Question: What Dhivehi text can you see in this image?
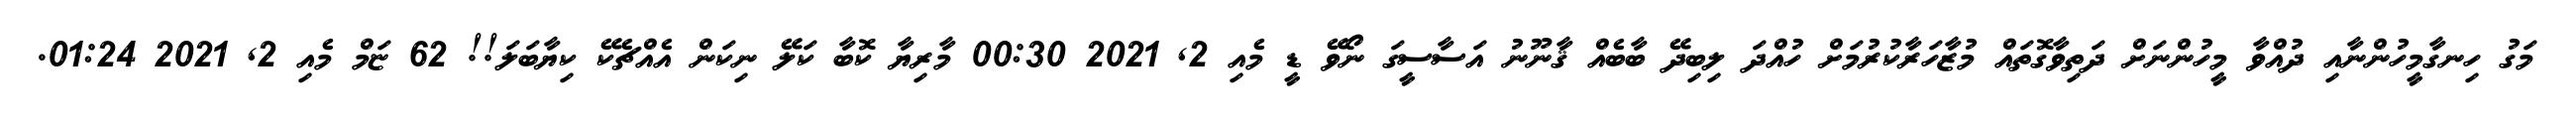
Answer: މަގު ހިނގާމީހުންނާއި ދުއްވާ މީހުންނަށް ދަތިވާގޮތައް މުޒާހަރާކުރުމަށް ހުއްދަ ލިބިދޭ ބާބެއް ޤާނޫނު އަސާސީގަ ނޯވޭ ޑީ މެއި 2, 2021 00:30 މާރިޔާ ކޮބާ ކަލޭ ނިކަން އެއްޗެކޭ ކިޔާބަލަ!! 62 ޏަމް މެއި 2, 2021 01:24.